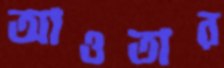
আওতার